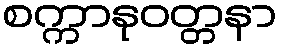
စက္ကာနုဝတ္တနာ